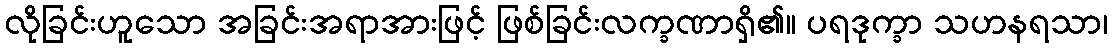
လိုခြင်းဟူသော အခြင်းအရာအားဖြင့် ဖြစ်ခြင်းလက္ခဏာရှိ၏။ ပရဒုက္ခာ သဟနရသာ၊